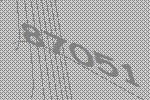
87051